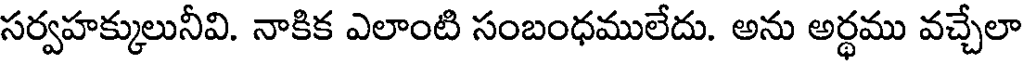
సర్వహక్కులునీవి. నాకిక ఎలాంటి సంబంధములేదు. అను అర్థము వచ్చేలా